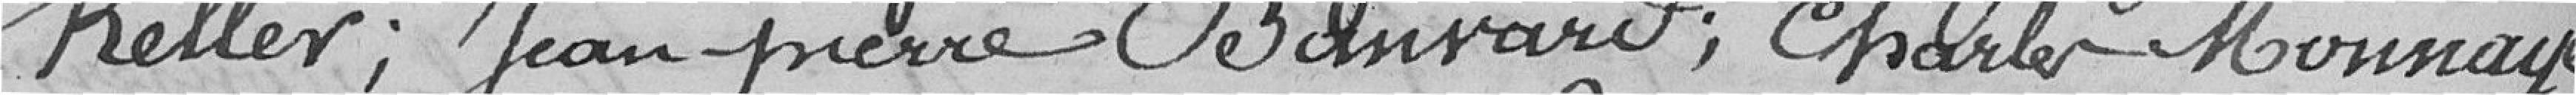
Keller ; Jean-Pierre Banvard ; Charles Monnaye ;